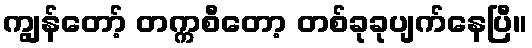
ကျွန်တော့် တက္ကစီတော့ တစ်ခုခုပျက်နေပြီ။